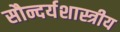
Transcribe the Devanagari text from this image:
सौन्दर्यशास्त्रीय